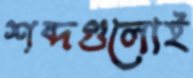
শব্দগুলোই